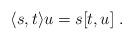
LaTeX: \begin{align*}\langle s,t\rangle u= s[t,u]\;.\end{align*}